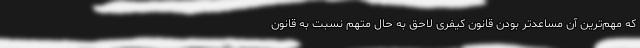
که مهم‌ترین آن مساعدتر بودن قانون کیفری لاحق به حال متهم نسبت به قانون